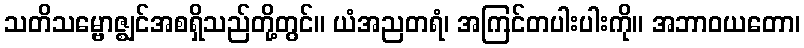
သတိသမ္ဗောဇ္ဈင်အစရှိသည်တို့တွင်။ ယံအညတရံ၊ အကြင်တပါးပါးကို။ အဘာဝယတော၊